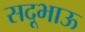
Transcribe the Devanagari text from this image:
सदूभाऊ